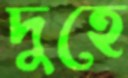
দুহে